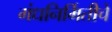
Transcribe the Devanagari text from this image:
गंधनिर्मितीचे